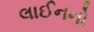
લાઈનનો